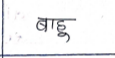
मजकूर: बाहू